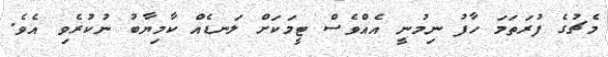
މެޗުގެ ފުރަތަމަ ހާފު ނިމުނީ އެއްވެސް ޓީމަކަށް ލަނޑެއް ކާމިޔާބު ނުކުރެވި އެވެ.